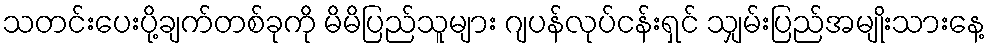
သတင်းပေးပို့ချက်တစ်ခုကို မိမိပြည်သူများ ဂျပန်လုပ်ငန်းရှင် သျှမ်းပြည်အမျိုးသားနေ့